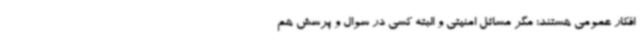
افکار عمومی هستند؛ مگر مسائل امنیتی و البته کسی در سوال و پرسش هم